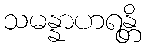
သမန္နာဟရန္တိ